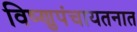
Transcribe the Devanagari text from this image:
विष्णुपंचायतनात